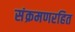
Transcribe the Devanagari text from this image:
संक्रमणरहित